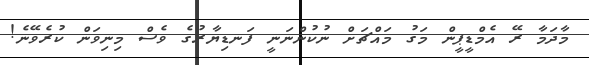
މާދަމާ ރޭ އެމްޑީޕީން މަގު މައްޗަށް ނުކުންނަނީ ފަނޑިޔާރުގެ ވެސް މިނިވަން ކުރެވޭނެ!